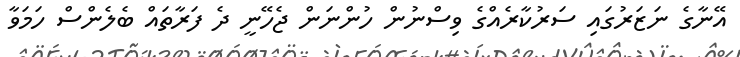
އޭނާގެ ނަޒަރުގައި ސަރުކާރެއްގެ ވިސްނުން ހުންނަން ޖެހޭނީ ދެ ފަރާތައް ބެލެންސް ހަމަވާ